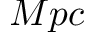
M p c